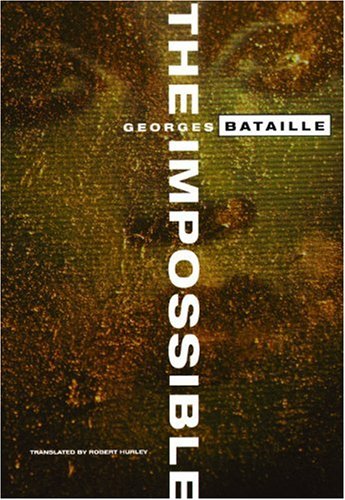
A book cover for The Impossible; Georges Bataille; Politics & Social Sciences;